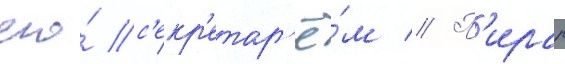
его́ с'екр'етар'ё́м // П'ирар